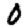
Digit: 0